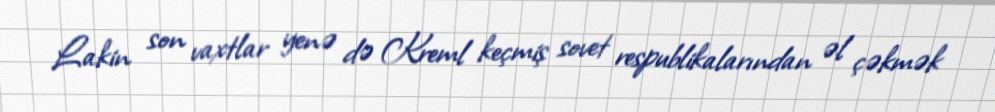
Lakin son vaxtlar yenə də Kreml keçmiş sovet respublikalarından əl çəkmək